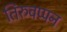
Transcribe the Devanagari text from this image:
तिरुवप्पन